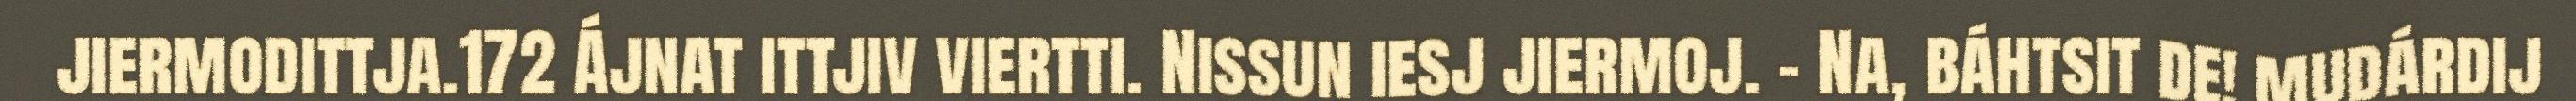
jiermodittja.172 Ájnat ittjiv viertti. Nissun iesj jiermoj. – Na, báhtsit de! mudárdij